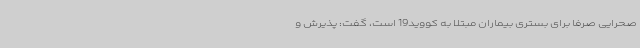
صحرایی صرفا برای بستری بیماران مبتلا به کووید19 است، گفت: پذیرش و